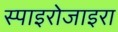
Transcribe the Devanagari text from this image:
स्पाइरोजाइरा